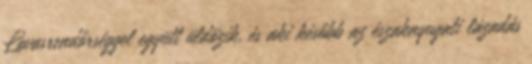
Lovasrendőrséggel együtt üldözik, és aki később az északnyugati lázadás